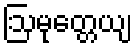
ဩမုတ္တေယျ